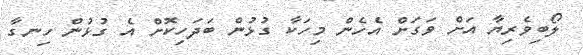
ލޯބިވެރިޔާ އަށް ވަގަށް އެހެން މިހަކާ ގުޅުން ބަދަހިކޮށް އެ ގުޅުން ހިނގާ